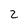
Character: 2